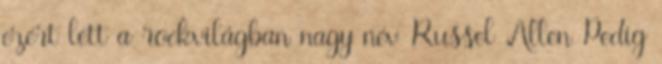
ezért lett a rockvilágban nagy név Russel Allen Pedig